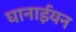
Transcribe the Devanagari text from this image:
घानाईयन